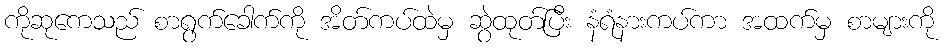
ကိုဆုကေသည် စာရွက်ခေါက်ကို အိတ်ကပ်ထဲမှ ဆွဲထုတ်ပြီး နံရံနားကပ်ကာ အထက်မှ စာများကို